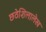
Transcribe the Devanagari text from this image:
छठेशिलालेख